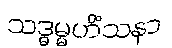
သဒ္ဓမ္မဟိံသနာ